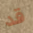
قد